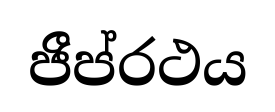
ජීප්රථය